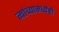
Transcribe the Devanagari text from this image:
त्यांच्यामध्येंही